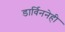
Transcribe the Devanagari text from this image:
डार्विननेही